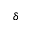
\delta